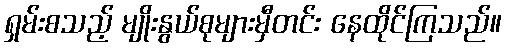
ရှမ်းစသည့် မျိုးနွယ်စုများမှီတင်း နေထိုင်ကြသည်။